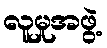
လူမှုအဖွဲ့